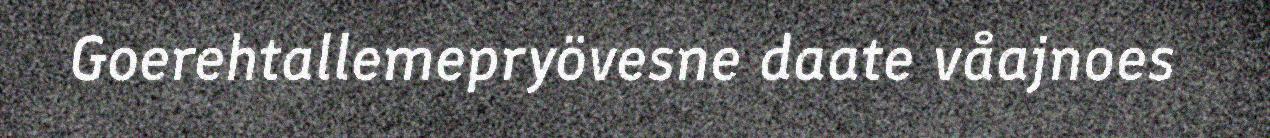
Goerehtallemepryövesne daate våajnoes